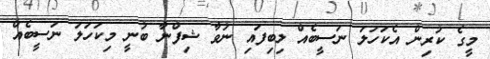
މީގެ ކުރިން އެކަހަލަ ނަސީބެއް ލިބިފައި ނުވާ ޝިފްނާ ބުނީ މިކަހަލަ ނަސީބެއް